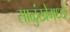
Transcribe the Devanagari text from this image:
साळुंखेमध्ये